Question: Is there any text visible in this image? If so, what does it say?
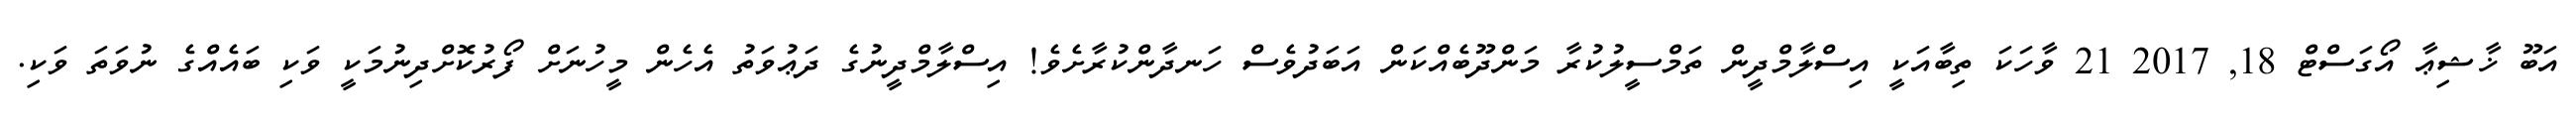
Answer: އަބޫ ޚާޝިޢާ އޯގަސްޓް 18, 2017 21 ވާހަކަ ތިބާއަކީ އިސްލާމްދީން ތަމްސީލުކުރާ މަންދޫބެއްކަން އަބަދުވެސް ހަނދާންކުރާށެވެ! އިސްލާމްދީނުގެ ދަޢުވަތު އެހެން މީހުނަށް ފޯރުކޮށްދިނުމަކީ ވަކި ބައެއްގެ ނުވަތަ ވަކި.